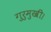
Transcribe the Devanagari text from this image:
गुरुमुखी।